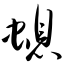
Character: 螅